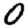
Digit: 0